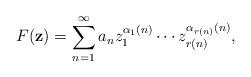
LaTeX: \begin{align*} F(\mathbf{z})=\sum_{n=1}^\infty a_n z_1^{\alpha_1(n)}\cdots z_{r(n)}^{\alpha_{r(n)}(n)},\end{align*}